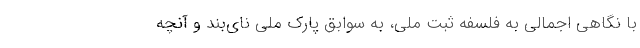
با نگاهی اجمالی به فلسفه ثبت ملی، به سوابق پارک ملی نای‌بند و آنچه